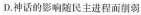
D.神话的影响随民主进程而削弱